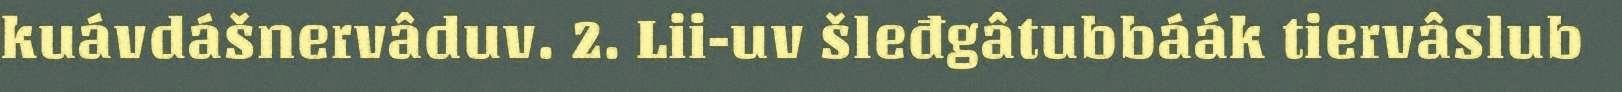
kuávdášnervâduv. 2. Lii-uv šleđgâtubbáák tiervâslub